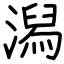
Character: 潟